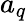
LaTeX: a_{q}